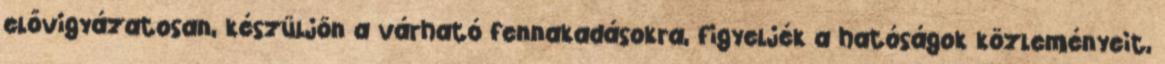
elővigyázatosan, készüljön a várható fennakadásokra, figyeljék a hatóságok közleményeit,